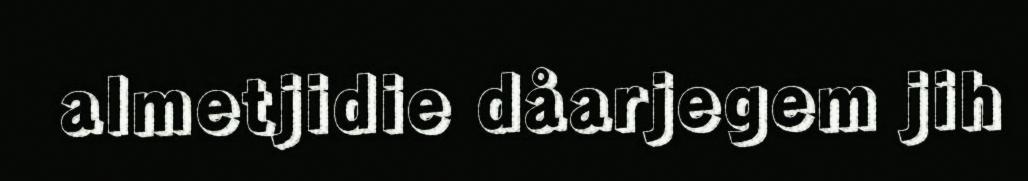
almetjidie dåarjegem jih